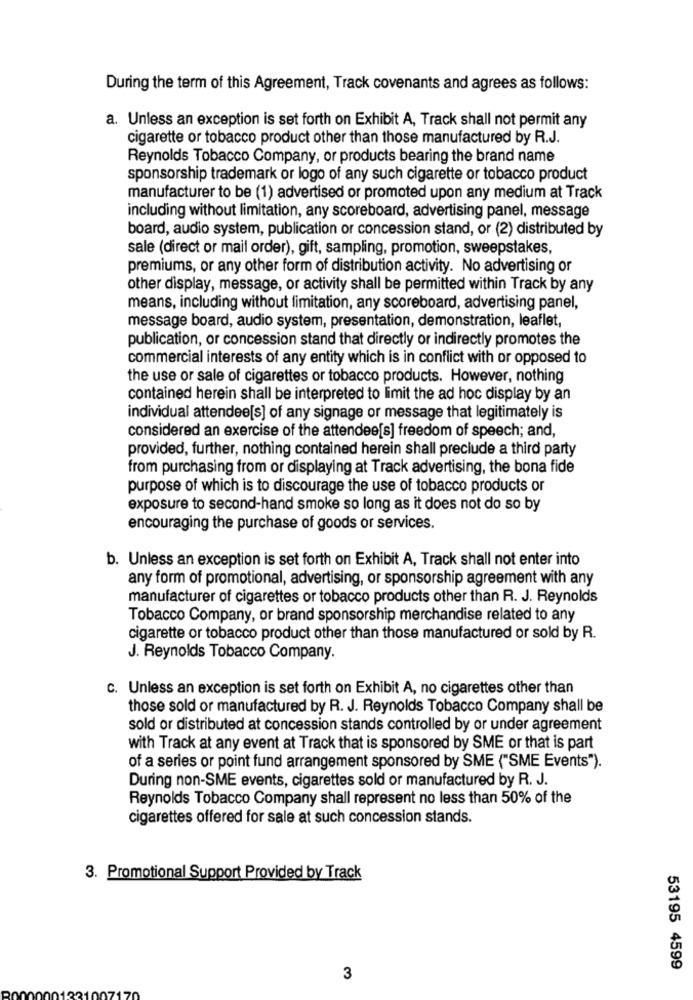
During the term of this Agreement, Track covenants and agrees as follows:
a. Unless an exception is set forth on Exhibit A, Track shall not permit any
cigarette or tobacco product other than those manufactured by R.J.
Reynolds Tobacco Company, or products bearing the brand name
sponsorship trademark or logo of any such cigarette or tobacco product
manufacturer to be (1) advertised or promoted upon any medium at Track
including without limitation, any scoreboard, advertising panel, message
board, audio system, publication or concession stand, or (2) distributed by
sale (direct or mail order), gift, sampling, promotion, sweepstakes,
premiums, or any other form of distribution activity. No advertising or
other display, message, or activity shall be permitted within Track by any
means, including without limitation, any scoreboard, advertising panel,
message board, audio system, presentation, demonstration, leaflet,
publication, or concession stand that directly or indirectly promotes the
commercial interests of any entity which is in conflict with or opposed to
the use or sale of cigarettes or tobacco products. However, nothing
contained herein shall be interpreted to limit the ad hoc display by an
individual attendee[s] of any signage or message that legitimately is
considered an exercise of the attendee[s] freedom of speech; and,
provided, further, nothing contained herein shall preclude a third party
from purchasing from or displaying at Track advertising, the bona fide
purpose of which is to discourage the use of tobacco products or
exposure to second-hand smoke so long as it does not do so by
encouraging the purchase of goods or services.
b. Unless an exception is set forth on Exhibit A, Track shall not enter into
any form of promotional, advertising, or sponsorship agreement with any
manufacturer of cigarettes or tobacco products other than R. J. Reynolds
Tobacco Company, or brand sponsorship merchandise related to any
cigarette or tobacco product other than those manufactured or sold by R.
J. Reynolds Tobacco Company.
c. Unless an exception is set forth on Exhibit A, no cigarettes other than
those sold or manufactured by R. J. Reynolds Tobacco Company shall be
sold or distributed at concession stands controlled by or under agreement
with Track at any event at Track that is sponsored by SME or that is part
of a series or point fund arrangement sponsored by SME ("SME Events").
During non-SME events, cigarettes sold or manufactured by R. J.
Reynolds Tobacco Company shall represent no less than 50% of the
cigarettes offered for sale at such concession stands.
3. Promotional Support Provided by Track
53195 4599
3